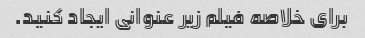
برای خلاصه فیلم زیر عنوانی ایجاد کنید.